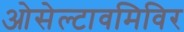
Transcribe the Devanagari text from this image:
ओसेल्टावमिविर